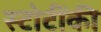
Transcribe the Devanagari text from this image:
स्टोटींकी